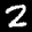
Label: 2